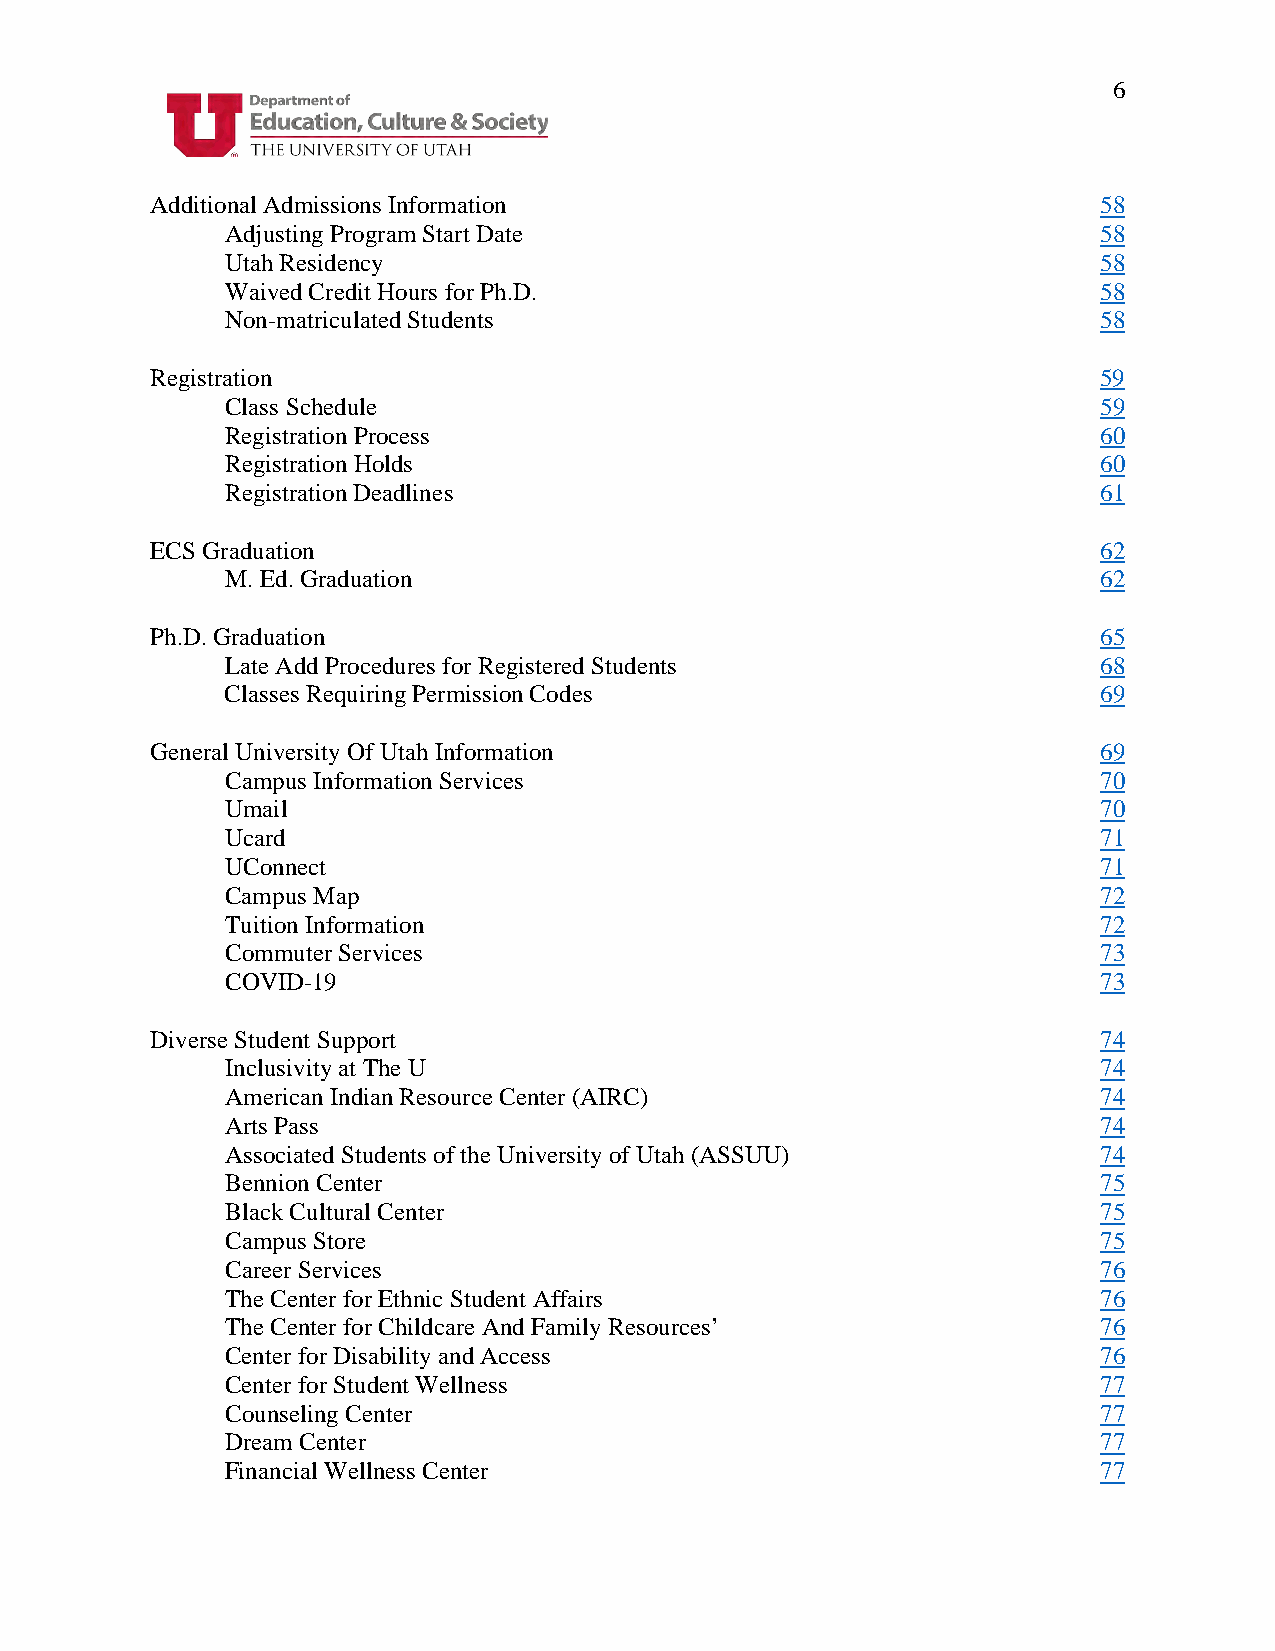
6
 Additional Admissions Information                              58
 Adjusting Program Start Date                              58
 Utah Residency                                            58
 Waived Credit Hours for Ph.D.                             58
 Non-matriculated Students                                 58
 Registration                                                   59
 Class Schedule                                            59
 Registration Process                                      60
 Registration Holds                                        60
 Registration Deadlines                                    61
 ECS Graduation                                                 62
 M. Ed. Graduation                                         62
 Ph.D. Graduation                                               65
 Late Add Procedures for Registered Students               68
 Classes Requiring Permission Codes                        69
 General University Of Utah Information                         69
 Campus Information Services                               70
 Umail                                                     70
 Ucard                                                     71
 UConnect                                                  71
 Campus Map                                                72
 Tuition Information                                       72
 Commuter Services                                         73
 COVID-19                                                  73
 Diverse Student Support                                        74
 Inclusivity at The U                                      74
 American Indian Resource Center (AIRC)                    74
 Arts Pass                                                 74
 Associated Students of the University of Utah (ASSUU)     74
 Bennion Center                                            75
 Black Cultural Center                                     75
 Campus Store                                              75
 Career Services                                           76
 The Center for Ethnic Student Affairs                     76
 The Center for Childcare And Family Resources’            76
 Center for Disability and Access                          76
 Center for Student Wellness                               77
 Counseling Center                                         77
 Dream Center                                              77
 Financial Wellness Center                                 77